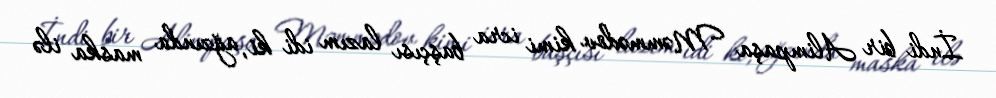
İndi bir Alimpaşa Məmmədov kimi icra başçısı lazım idi ki, ağzında maska ilə